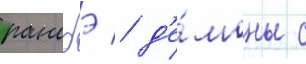
ранобэ / д'е́моны с